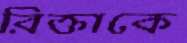
রিক্তাকে